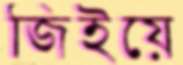
জিইয়ে